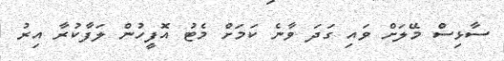
ސާޅިސް މޭލަށް ވައި ގަދަ ވާނެ ކަމަށް މެޓު އޮފީހުން ލަފާކުރާ އިރު